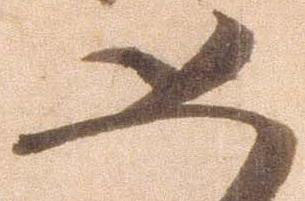
恐